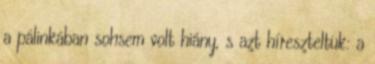
a pálinkában sohsem volt hiány, s azt híreszteltük: a